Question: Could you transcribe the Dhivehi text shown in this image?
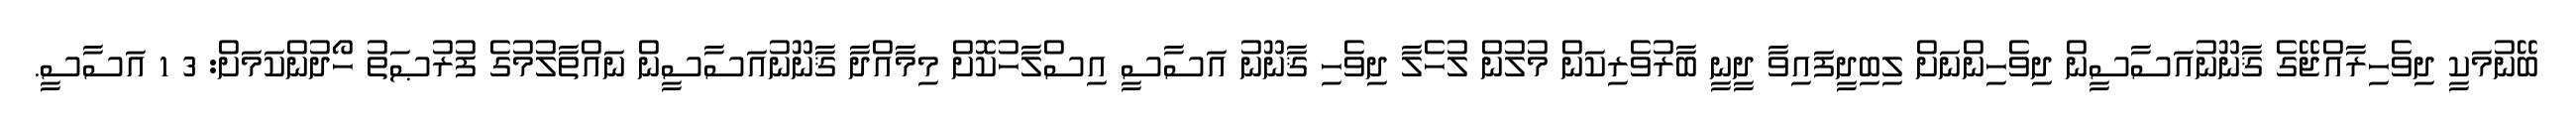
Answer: ބޭނުމަކީ ދިވެހިރާއްޖޭގެ ޤާނޫނުއަސާސީން ދިވެހިންނަށް ލިބިދީފައިވާ ދީނީ ބާރުވެރިކަން މުލުން ލުހެލާ ދިވެހި ޤާނޫނު އަސާސީ އިސްލާހުކޮށް މިމާއްދާ ޤާނޫނުއަސާސީން ނައްތާލުމުގެ ފުރުޞަތު ހޯދުންކަމަށް: 3 1 އަސާސީ.